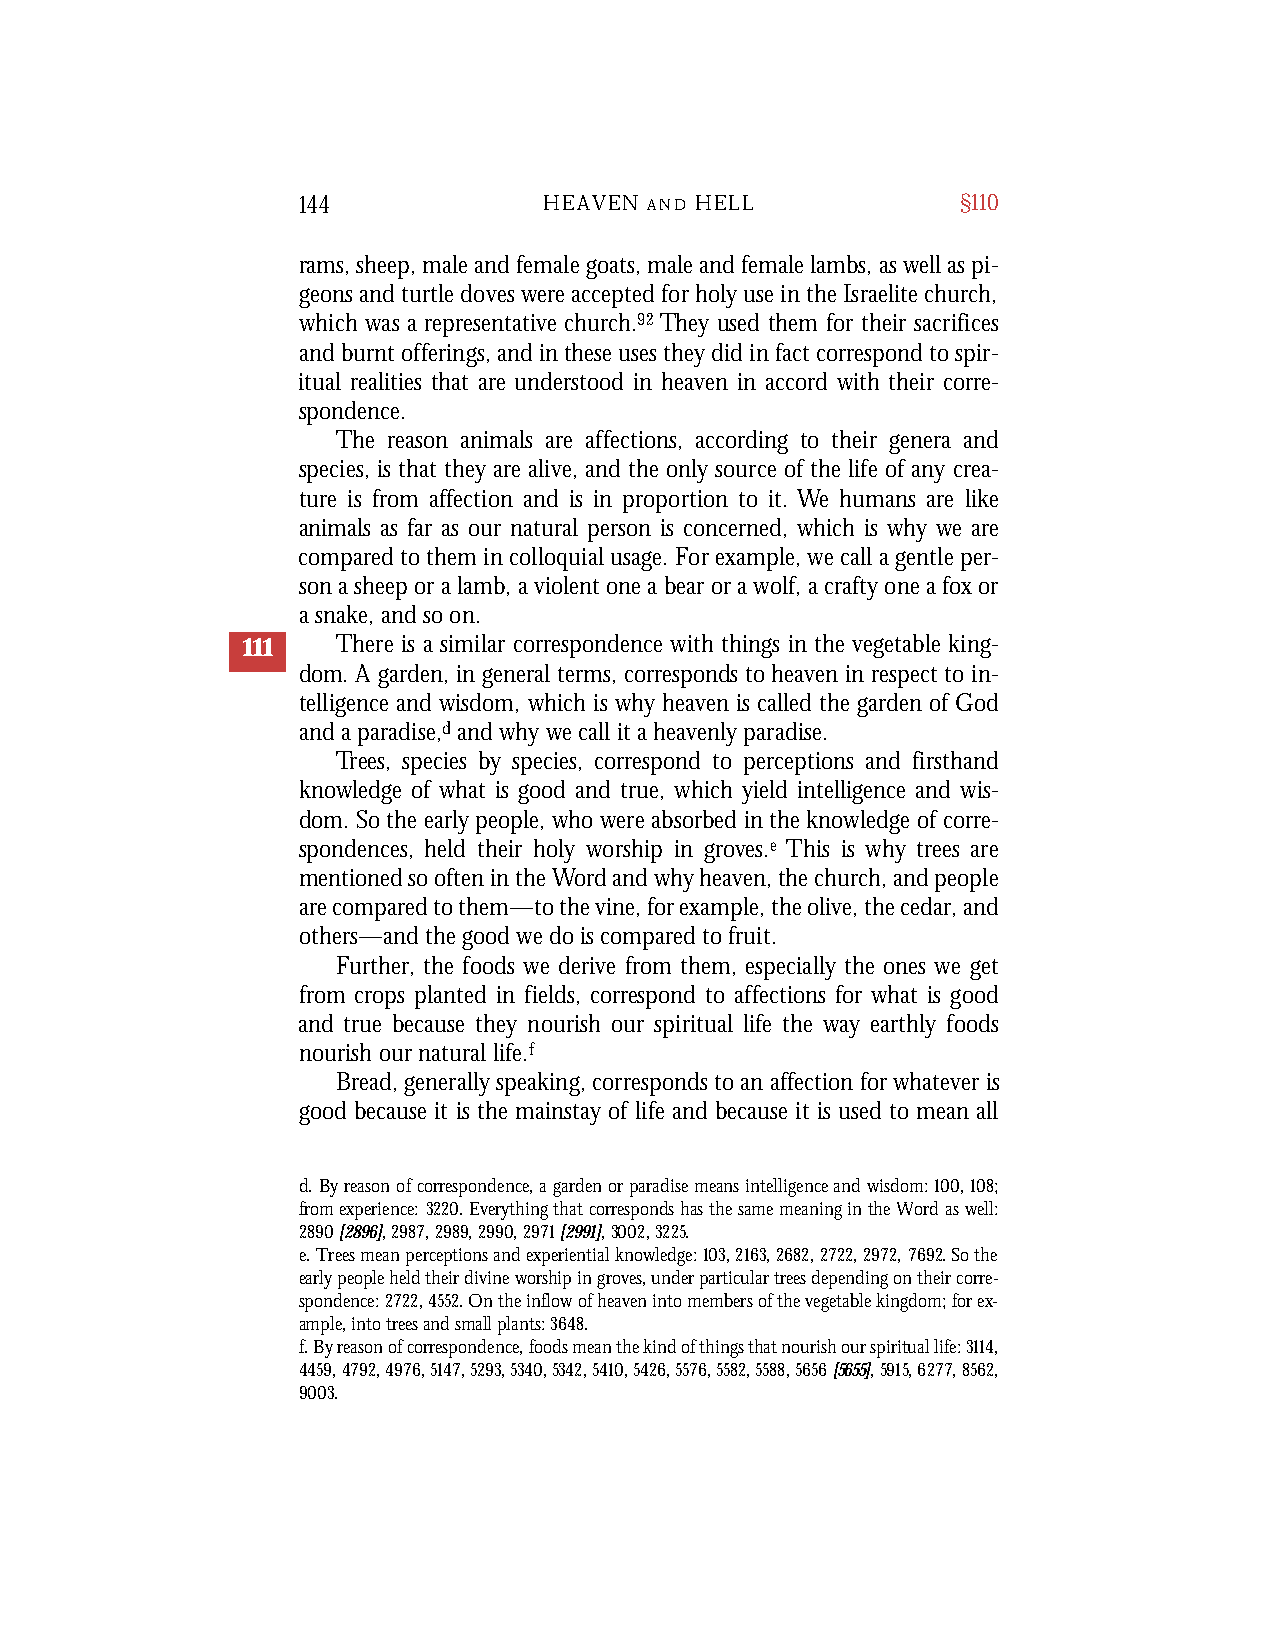
144             HEAVEN A N D H E L L        §110
 rams, sheep, male and female goats, male and female lambs, as well as pi-
 geons and turtle doves were accepted for holy use in the Israelite church,
 which was a representative church.92 They used them for their sacrifices
 and burnt offerings, and in these uses they did in fact correspond to spir-
 itual realities that are understood in heaven in accord with their corre-
 spondence.
 The reason animals are affections, according to their genera and
 species, is that they are alive, and the only source of the life of any crea-
 ture is from affection and is in proportion to it. We humans are like
 animals as far as our natural person is concerned, which is why we are
 compared to them in colloquial usage. For example, we call a gentle per-
 son a sheep or a lamb, a violent one a bear or a wolf, a crafty one a fox or
 a snake, and so on.
 111   There is a similar correspondence with things in the vegetable king-
 dom. A garden, in general terms, corresponds to heaven in respect to in-
 telligence and wisdom, which is why heaven is called the garden of God
 and a paradise,dand why we call it a heavenly paradise.
 Trees, species by species, correspond to perceptions and firsthand
 knowledge of what is good and true, which yield intelligence and wis-
 dom. So the early people, who were absorbed in the knowledge of corre-
 spondences, held their holy worship in groves.e This is why trees are
 mentioned so often in the Word and why heaven, the church, and people
 are compared to them—to the vine, for example, the olive, the cedar, and
 others—and the good we do is compared to fruit.
 Further, the foods we derive from them, especially the ones we get
 from crops planted in fields, correspond to affections for what is good
 and true because they nourish our spiritual life the way earthly foods
 nourish our natural life.f
 Bread, generally speaking, corresponds to an affection for whatever is
 good because it is the mainstay of life and because it is used to mean all
 d. By reason of correspondence, a garden or paradise means intelligence and wisdom: 100,108;
 from experience: 3220. Everything that corresponds has the same meaning in the Word as well:
 2890[2896],2987, 2989, 2990, 2971[2991],3002, 3225.
 e. Trees mean perceptions and experiential knowledge: 103,2163,2682,2722,2972,7692. So the
 early people held their divine worship in groves, under particular trees depending on their corre-
 spondence: 2722,4552. On the inflow of heaven into members of the vegetable kingdom; for ex-
 ample, into trees and small plants: 3648.
 f. By reason of correspondence, foods mean the kind of things that nourish our spiritual life: 3114,
 4459,4792,4976,5147,5293,5340,5342,5410,5426,5576,5582,5588,5656[5655],5915,6277,8562,
 9003.